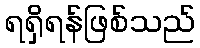
ရရှိရန်ဖြစ်သည်